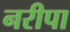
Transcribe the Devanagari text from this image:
नरीपा